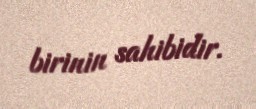
birinin sahibidir.